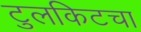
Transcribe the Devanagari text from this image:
टुलकिटचा